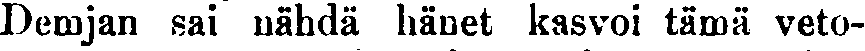
Demjan sai nähdä känet kasvoi tämä veto-